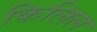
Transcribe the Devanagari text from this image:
किलिल